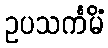
ဥပသင်္ကမိံ